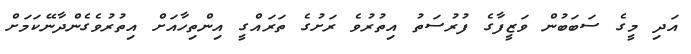
އަދި މީގެ ސަބަބުން ވަޒީފާގެ ފުރުސަތު އިތުރުވެ ރަށުގެ ތަރައްގީ އިންތިހާއަށް އިތުރުވެގެންދާނޭކަމަށް